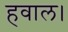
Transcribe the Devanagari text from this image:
हवाल।